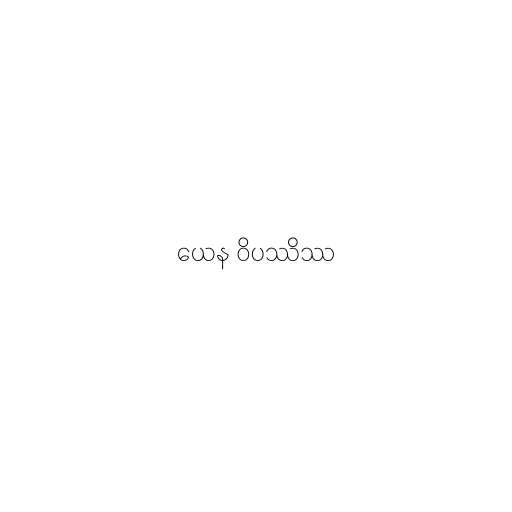
ယေန ဝိပဿိဿ